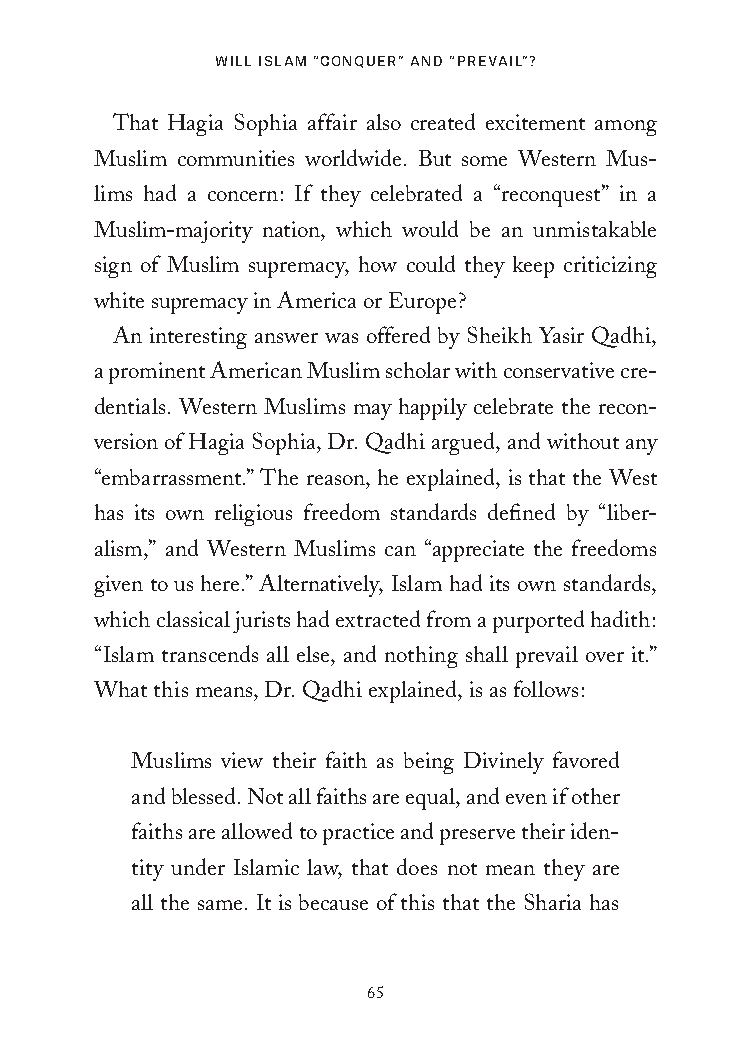
Will islam “Conquer” and “Prevail”?
 That Hagia Sophia affair also created excitement among
 Muslim communities worldwide. But some Western Mus-
 lims had a concern: If they celebrated a “reconquest” in a
 Muslim-majority nation, which would be an unmistakable
 sign of Muslim supremacy, how could they keep criticizing
 white supremacy in America or Europe?
 An interesting answer was offered by Sheikh Yasir Qadhi,
 a prominent American Muslim scholar with conservative cre-
 dentials. Western Muslims may happily celebrate the recon-
 version of Hagia Sophia, Dr. Qadhi argued, and without any
 “embarrassment.” The reason, he explained, is that the West
 has its own religious freedom standards defined by “liber-
 alism,” and Western Muslims can “appreciate the freedoms
 given to us here.” Alternatively, Islam had its own standards,
 which classical jurists had extracted from a purported hadith:
 “Islam transcends all else, and nothing shall prevail over it.”
 What this means, Dr. Qadhi explained, is as follows:
 Muslims view their faith as being Divinely favored
 and blessed. Not all faiths are equal, and even if other
 faiths are allowed to practice and preserve their iden-
 tity under Islamic law, that does not mean they are
 all the same. It is because of this that the Sharia has
 65
 25320_Ch04.indd 65                      24/06/2021 9:08 AM